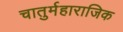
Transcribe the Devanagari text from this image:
चातुर्महाराजिक